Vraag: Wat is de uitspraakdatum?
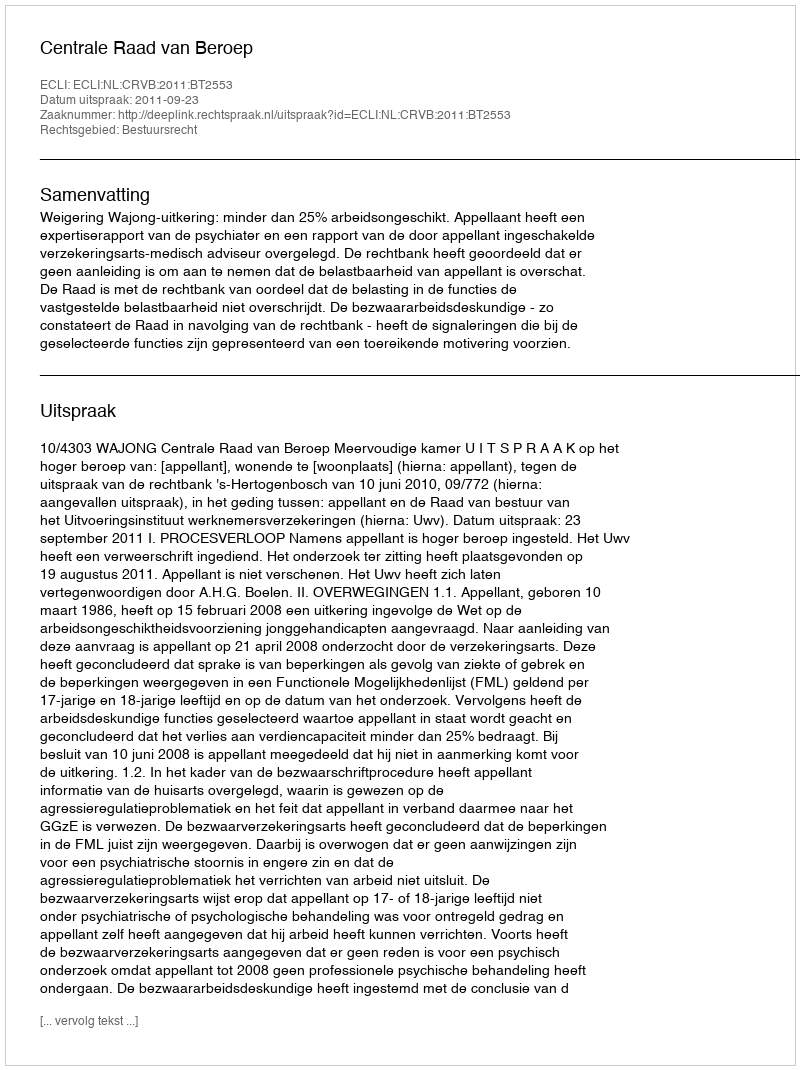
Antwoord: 2011-09-23